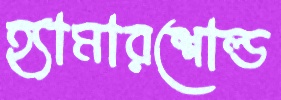
হ্যামারশোল্ড